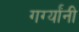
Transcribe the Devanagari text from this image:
गर्ग्यांनी